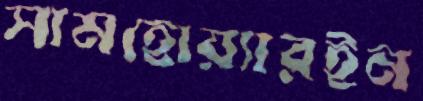
সামহোয়্যারইন